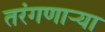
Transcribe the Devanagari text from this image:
तरंगणाऱ्या